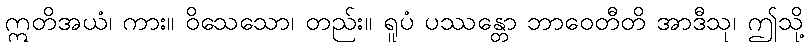
ဣတိအယံ၊ ကား။ ဝိသေသော၊ တည်း။ ရူပံ ပဿန္တော ဘာဝေတီတိ အာဒီသု၊ ဤသို့